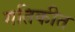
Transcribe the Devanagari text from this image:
गतिकीत